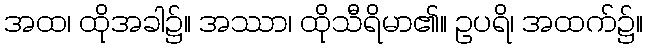
အထ၊ ထိုအခါ၌။ အဿာ၊ ထိုသီရိမာ၏။ ဥပရိ၊ အထက်၌။